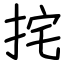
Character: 挓